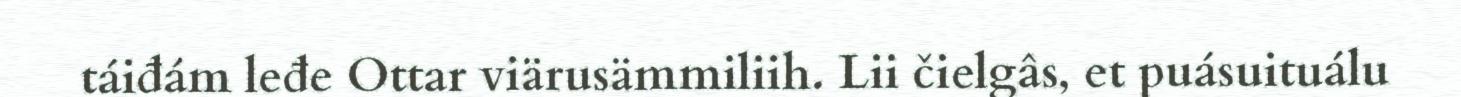
táiđám leđe Ottar viärusämmiliih. Lii čielgâs, et puásuituálu